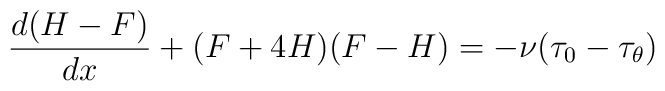
\frac{ d (H - F)}{ d x} + ( F + 4 H) (F - H) = - \nu( \tau_0 - \tau_{\theta} )